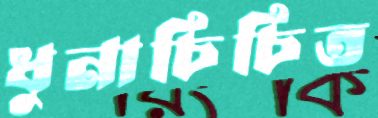
ধুনাচিচিত